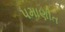
પમાણીત